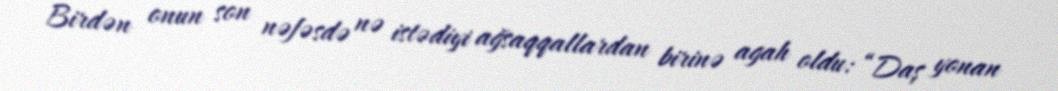
Birdən onun son nəfəsdə nə istədiyi ağsaqqallardan birinə agah oldu: “Daş yonan